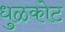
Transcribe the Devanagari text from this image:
धुळकोट